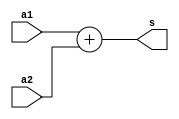
module add_1(a1, a2, s);
input [0:0] a1, a2;
output wire [1:0] s;

assign s = a1 + a2;

endmodule